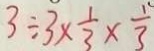
3 \div 3 \times \frac { 1 } { 3 } \times \frac { 1 } { 3 }